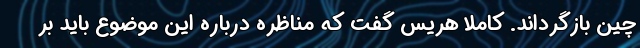
چین بازگرداند. کاملا هریس گفت که مناظره درباره این موضوع باید بر